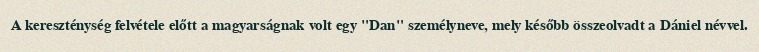
A kereszténység felvétele előtt a magyarságnak volt egy "Dan" személyneve, mely később összeolvadt a Dániel névvel.